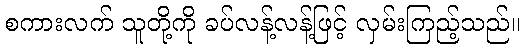
စကားလက် သူတို့ကို ခပ်လန့်လန့်ဖြင့် လှမ်းကြည့်သည်။